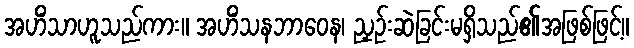
အဟိံသာဟူသည်ကား။ အဟိံသနဘာဝေန၊ ညှဉ်းဆဲခြင်းမရှိသည်၏အဖြစ်ဖြင့်။